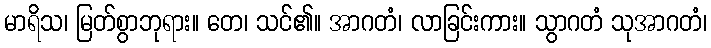
မာရိသ၊ မြတ်စွာဘုရား။ တေ၊ သင်၏။ အာဂတံ၊ လာခြင်းကား။ သွာဂတံ သုအာဂတံ၊